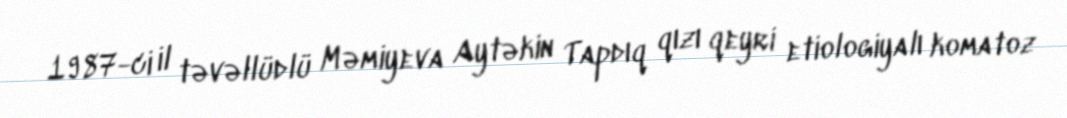
1987-ci il təvəllüdlü Məmiyeva Aytəkin Tapdıq qızı qeyri etiologiyalı komatoz